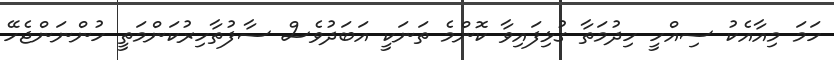
ހަމަ މިއާއެކު ސިއްހީ ހިދުމަތާ ގުޅިފައިވާ ކޮންމެ ތަނަކީ އަބަދުވެސް ސާފުތާހިރުކަންމަތީ ހުންނަންޖެހޭ